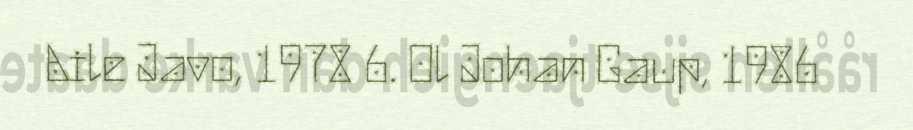
Aile Javo, 1978 6. Ol Johan Gaup, 1986